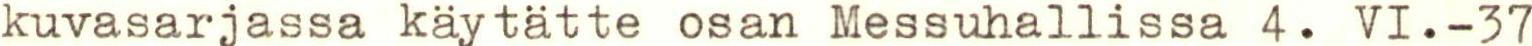
kuvasarjassa käytätte osan Messuhallissa 4. VI.-37